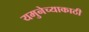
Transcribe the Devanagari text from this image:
यमुनेच्याकाठी